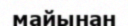
майынан